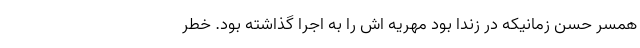
همسر حسن زمانیکه در زندا بود مهریه اش را به اجرا گذاشته بود. خطر